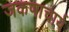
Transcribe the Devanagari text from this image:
जकणाचार्य